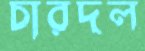
চারদল